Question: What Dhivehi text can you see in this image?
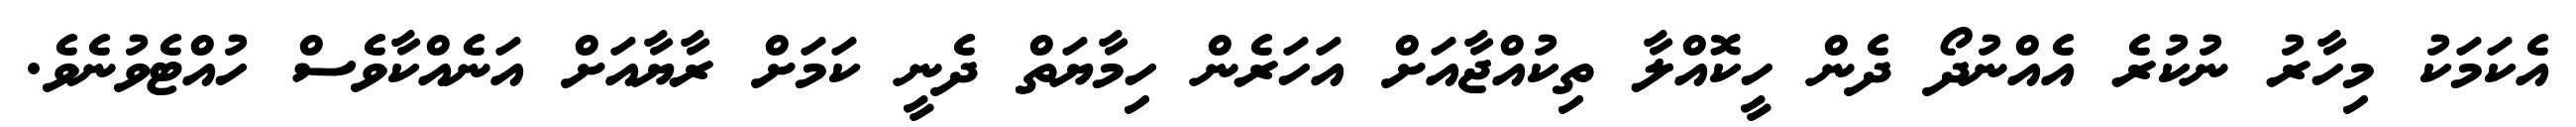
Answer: އެކަމަކު މިހާރު ނުކުރެ އެއްނުދޯ ދެން ހީކޮއްލާ ތިކުއްޖާއަށް އަހަރެން ހިމާޔަތް ދެނީ ކަމަށް ރާޔާއަށް އަނެއްކާވެސް ހުއްޓެވުނެވެ.